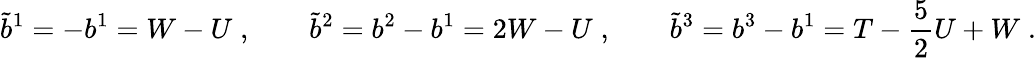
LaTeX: \tilde{b}^{1}=-b^{1}=W-U\; ,\qquad\tilde{b}^{2}=b^{2}-b^{1}=2W-U\; ,\qquad\tilde{b}^{3}=b^{3}-b^{1}=T-\frac{5}{2}U+W\; .